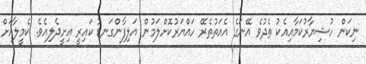
ނިކަން ހުޝިޔާރުކަމާއިއެކު ތެދުވެ އޭނަގެ އެއަތުތެރޭ ހައްޔަރުކޮށްލަމުން އަލިފާންގަނޑު ކައިރީ އިށީދެލިއެވެ. ކެމީލާއަށް